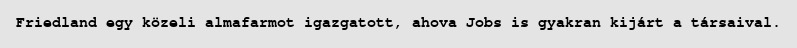
Friedland egy közeli almafarmot igazgatott, ahova Jobs is gyakran kijárt a társaival.